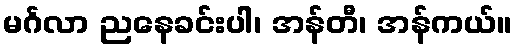
မင်္ဂလာ ညနေခင်းပါ၊ အန်တီ၊ အန်ကယ်။